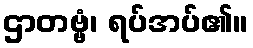
ဌာတဗ္ဗံ၊ ရပ်အပ်၏။